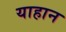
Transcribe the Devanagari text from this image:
याहान